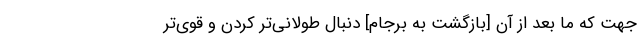
جهت که ما بعد از آن [بازگشت به برجام] دنبال طولانی‌تر کردن و قوی‌تر